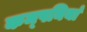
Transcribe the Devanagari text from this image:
कम्‍पनियां